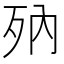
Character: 𣧍